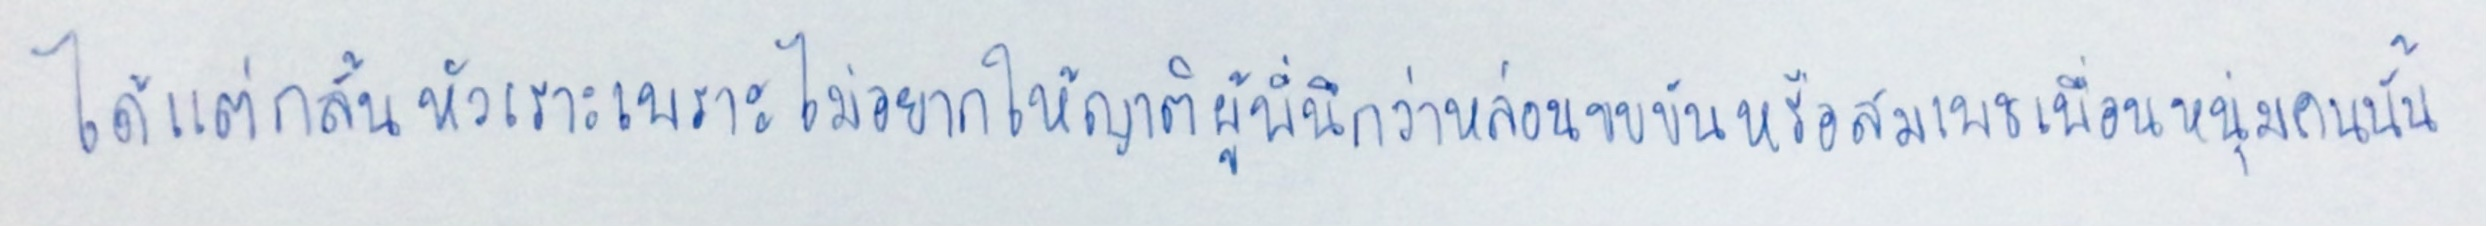
ได้แต่กลั้นหัวเราะเพราะไม่อยากให้ญาติผู้พี่นึกว่าหล่อนขบขันหรือสมเพชเพื่อนหนุ่มคนนั้น